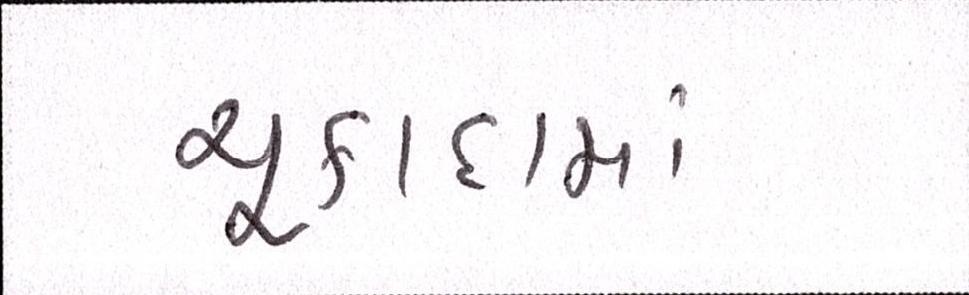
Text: ચૂકાદામાં